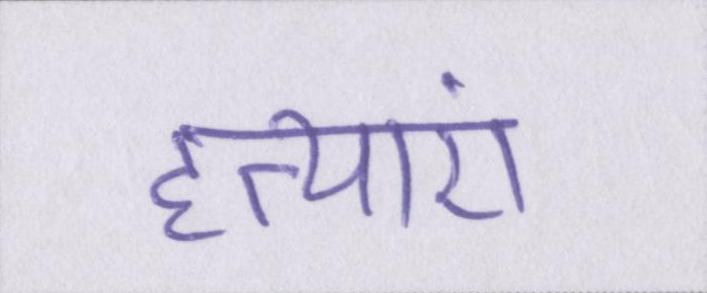
हत्याएं